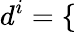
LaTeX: d^{i}=\left\{ \begin{array}{ll}{\begin{array}{rlrl}\end{array}}\end{array}\right.